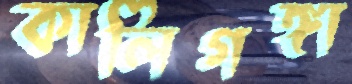
কালিগঙ্গা